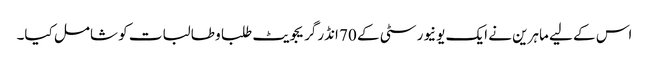
اس کے لیے ماہرین نے ایک یونیورسٹی کے 70 انڈرگریجویٹ طلبا و طالبات کو شامل کیا۔